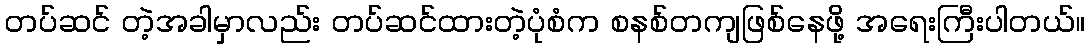
တပ်ဆင် တဲ့အခါမှာလည်း တပ်ဆင်ထားတဲ့ပုံစံက စနစ်တကျဖြစ်နေဖို့ အရေးကြီးပါတယ်။